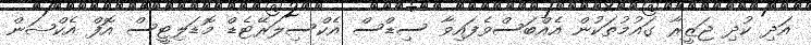
އަދި ކުދި ޖަޒީރާ ގައުމުތަކުން އެއްބަސްވެފައިވާ ސިޑްސް އެކްސިލަރޭޓެޑް މޮޑަލިޓީސް އޮފް އެކްޝަން